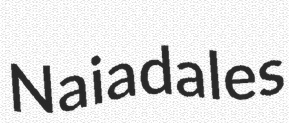
Naiadales